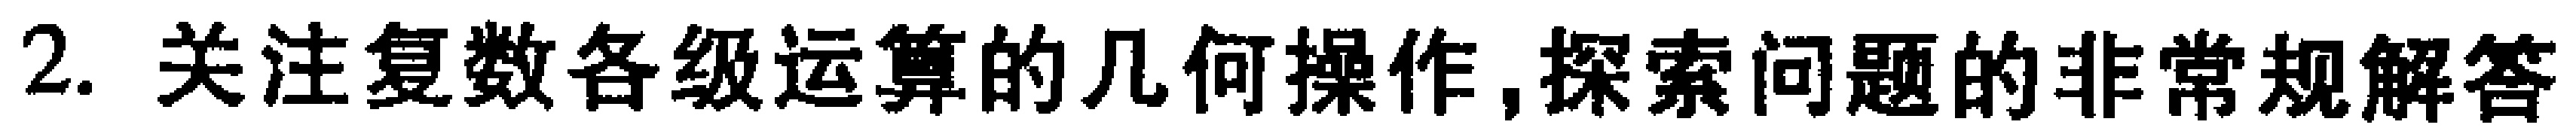
2. 关注复数各级运算的几何操作,探索问题的非常规解答